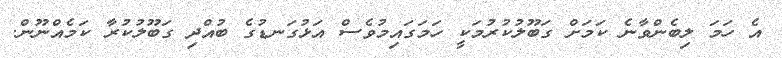
އެ ހަމަ ލިބެންވާނެ ކަމަށް ގަބޫލުކުރުމަކީ ހަމަގައިމުވެސް އަޅުގަނޑުގެ ބުއްދި ގަބޫލުކުރާ ކަމެއްނޫން.